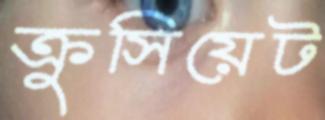
ক্রুসিয়েট